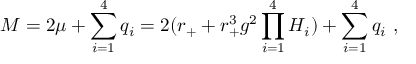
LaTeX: M = 2 \mu + \sum _ { i = 1 } ^ { 4 } q _ { i } = 2 ( r _ { + } + r _ { + } ^ { 3 } g ^ { 2 } \prod _ { i = 1 } ^ { 4 } H _ { i } ) + \sum _ { i = 1 } ^ { 4 } q _ { i } \ ,